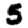
Digit: 5